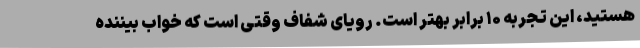
هستید، این تجربه ۱۰ برابر بهتر است. رویای شفاف وقتی است که خواب بیننده